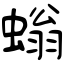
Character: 螉